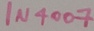
Text: IN4007